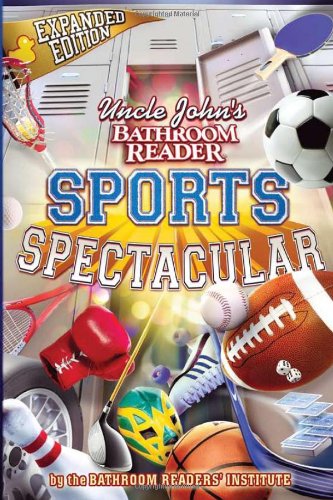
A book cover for Uncle John's Bathroom Reader Sports Spectacular; Bathroom Readers' Institute; Humor & Entertainment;